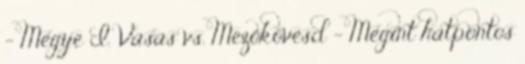
- Megye I. Vasas vs. Mezőkövesd – Megint hatpontos